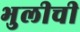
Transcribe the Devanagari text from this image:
भुलीची